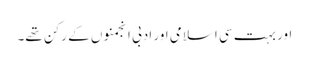
اور بہت سی اسلامی اور ادبی انجمنوں کے رکن تھے۔